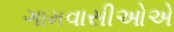
ગામવાસીઓએ